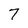
Character: 7